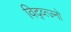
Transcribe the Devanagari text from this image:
विद्व्त्ज्नो